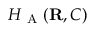
H _ { \mathrm { ~ A ~ } } ( { \mathbf { R } } , C )